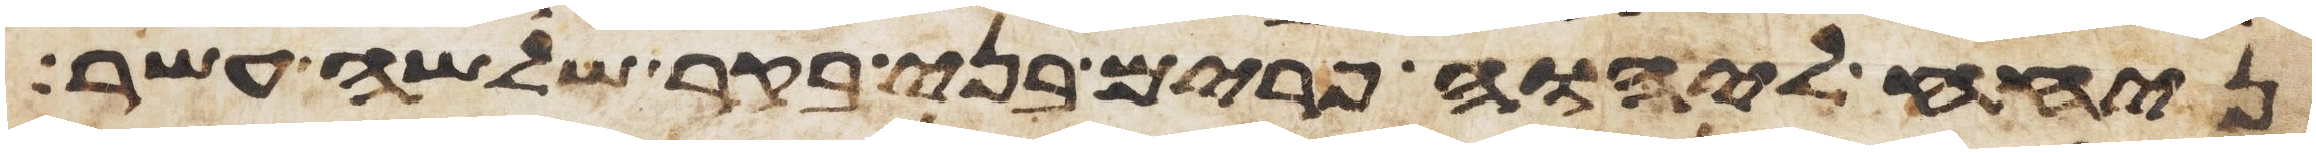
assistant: ניחח ליהוה פרים בני בקר שלשה עשר